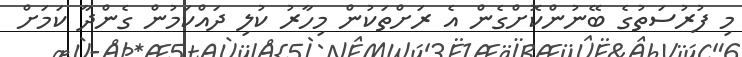
މި ފުރުސަތުގެ ބޭނުންކޮށްގެން އެ ރަށްތަކުން މިހާރު ކުލި ދައްކަމުން ގެންދާ ކަމަށް